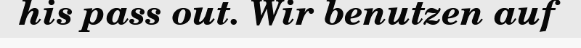
his pass out. Wir benutzen auf